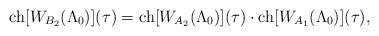
LaTeX: \begin{align*}{\rm ch}[W_{B_2}(\Lambda_0)](\tau)={\rm ch}[W_{A_2}(\Lambda_0)](\tau) \cdot {\rm ch}[W_{A_1}(\Lambda_0)](\tau),\end{align*}